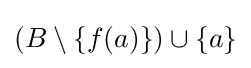
(B\setminus \{f(a)\})\cup \{a\}